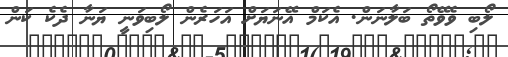
ލޯބި ވެވޭތޯ ބަލާނަން. އެކަމް އޭނަޔަށް އަހަރެން ލޯބިވަނީ ޔަނާ ދެކެ ކަން